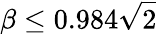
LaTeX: \beta\leq 0.984{\sqrt{2}}